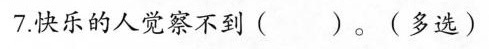
7.快乐的人觉察不到()。(多选)